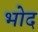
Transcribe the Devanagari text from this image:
भोद